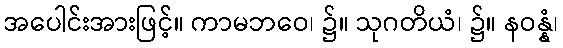
အပေါင်းအားဖြင့်။ ကာမဘဝေ၊ ၌။ သုဂတိယံ၊ ၌။ နဝန္နံ၊